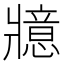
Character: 𭷇